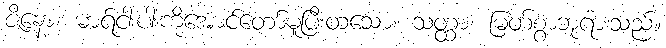
ဇိနော၊ မာရ်ငါးပါးကိုအောင်တော်မူပြီးထသော။ သတ္ထာ၊ မြတ်စွာဘုရားသည်။